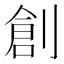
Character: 創